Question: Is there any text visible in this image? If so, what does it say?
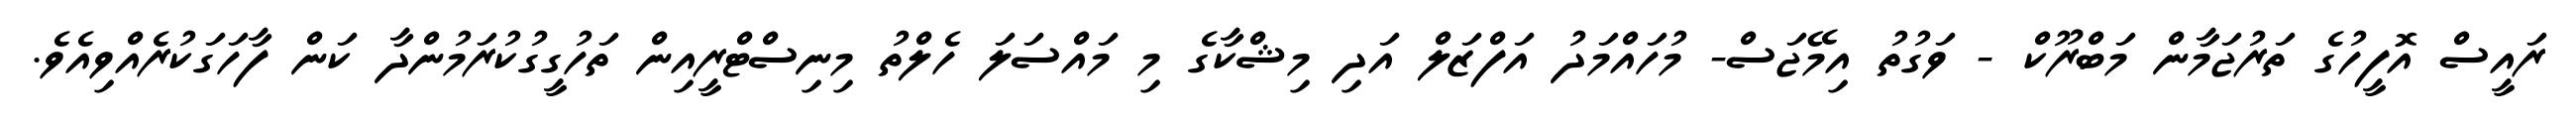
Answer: ރައީސް އޮފީހުގެ ތަރުޖަމާން މަބްރޫކް - ވަގުތު އިމޭޖަސް- މުހައްމަދު އަފްޒަލް އަދި މިޝްކާގެ މި މައްސަލަ ހެލްތު މިނިސްޓްރީއިން ތަހުގީގުކުރަމުންދާ ކަން ފާހަގަކުރެއްވިއެވެ.